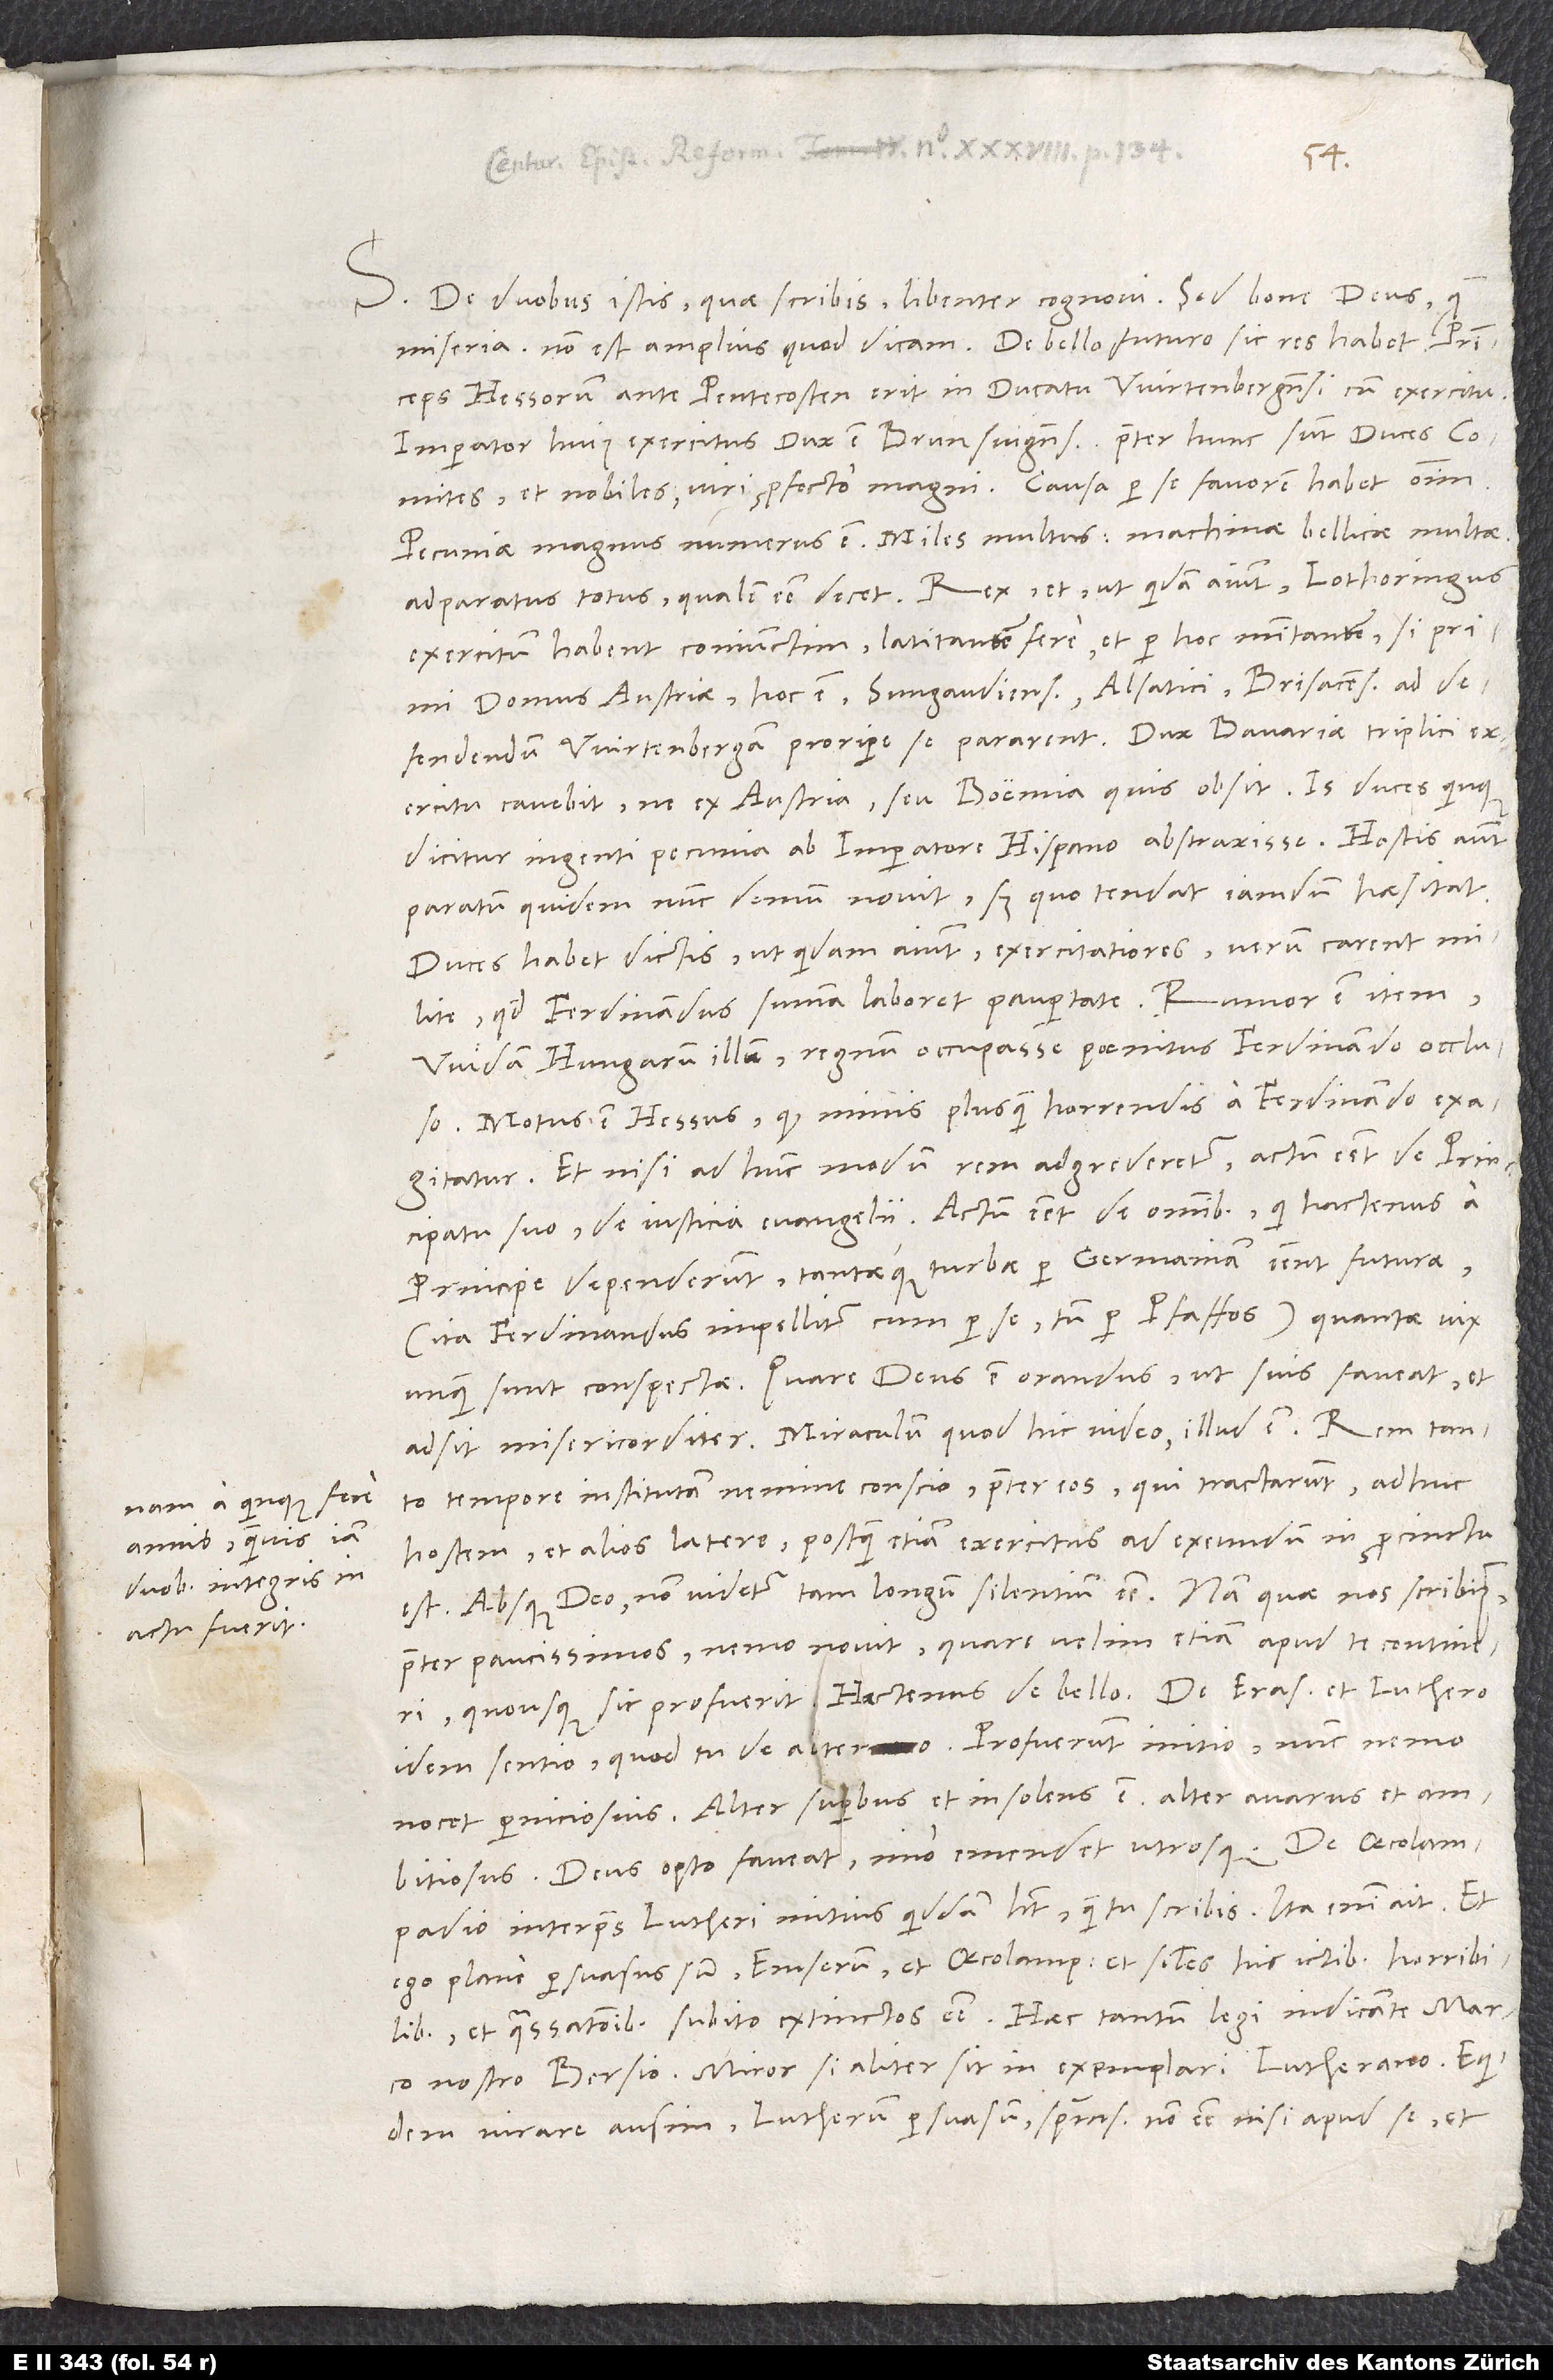
nam a quinque fere
iam
duobus integris
actu fuerit

34.
S. De duobus istis, quae scribis, libenter cognovi. Sed bone deus, quam
Princeps Hessorum ante pentecosten erit in ducatu Wirtenbergensi cum exercitu,
imperator huius exercitus dux est Brunsvigensis, praeter hunc sunt duces comites
et nobiles, viri profecto magni. Causa per se favorem habet omnium.
Pecuniae magnus numerus est, miles multus, machinae bellicae multae,
adparatus totus, qualem esse decet. Rex et, ut quidam aiunt, Lotharingus
exercitum habent coniunctim latitantem fere et per hoc munitantem, si primi
domus Austriae, hoc est Sungaudienses, Alsatici, Brisacenses ad
defendendum Wirtenbergam proripere se pararent. Dux Bavariae triplici
exercitu cavebit, ne ex Austria seu Boemia quis obsit. Is duces quinque
dicitur ingenti pecunia ab imperatore Hispano abstraxisse. Hostis autem
paratum quidem nunc demum novit, sed quo tendat, iamdum haesitat.
Duces habet dictis, ut quidam aiunt, exercitatiores verum carent,
milite, quod Ferdinandus summa laboret paupertate. Rumor est item
Widam Hungarum illum regnum occupasse poenitus Ferdinando occluso.
Motus est Hessus, quod minis plus quam horrendis a Ferdinando exagitatur,
et nisi ad hunc modum rem adgrederetur, actum esset de principatu
suo, de iusticia evangelii, actum esset de omnibus, qui hactenus a
principe dependerunt, tantaeque turbae per Germaniam essent futurae
ita Ferdinandus impellitur cum per se tum per pfaffos -, quantae vix
unquam sunt conspectae. Quare deus est orandus, ut suis faveat et
adsit misericorditer. Miraculum, quod hic video, illud est, rem tanto
hostem et alios latere, postquam etiam exercitus ad exeundum in procinctu
est. Absque deo non videtur tam longum silentium esse. Nam, quae nos scribimus,
praeter paucissimos nemo novit, quare velim etiam apud te contineri,
idem sentio, quod tu de altero. Profuerunt initio, nunc nemo
nocet perniciosius. Alter superbus et insolens est, alter amarus et ambitiosus.
Deus, opto, faveat, imo emendet utrosque. De Oecolampadio
interpres Lutheri mitius quiddam habet, quam tu scribis. Ita enim ait: «Et
ego plane persuasus sum Emserum et Oecolampadium et similes his ictibus horribilibus
et quassationibus subito extinctos esse». Haec tantum legi indicante Marco
nostro Bersio. Miror, si aliter sit in exemplari Lutherano. Equidem
iurare ausim Lutherum persuasum spiritum sanctum non esse nisi apud se et